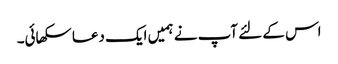
اس کے لئے آپ نے ہمیں ایک دعا سکھائی۔